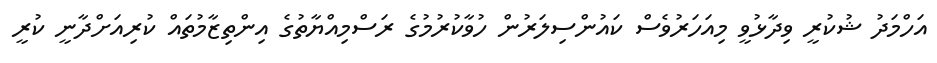
އަހްމަދު ޝުކުރީ ވިދާޅުވީ މިއަހަރުވެސް ކައުންސިލަރުން ހުވާކުރުމުގެ ރަސްމިއްޔާތުގެ އިންތިޒާމުތައް ކުރިއަށްދާނީ ކުރީ